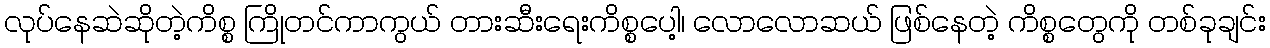
လုပ်နေဆဲဆိုတဲ့ကိစ္စ ကြိုတင်ကာကွယ် တားဆီးရေးကိစ္စပေါ့၊ လောလောဆယ် ဖြစ်နေတဲ့ ကိစ္စတွေကို တစ်ခုချင်း